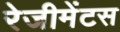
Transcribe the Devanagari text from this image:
रेजीमेंटस